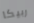
ربيكا